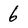
Character: 6